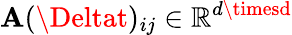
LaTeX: \mathbf{A}(\Deltat)_{ij}\in\mathbb{{R}}^{d\timesd}